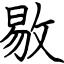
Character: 敭